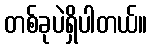
တစ်ခုပဲရှိပါတယ်။